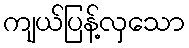
ကျယ်ပြန့်လှသော